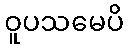
ဝူပသမေပိ